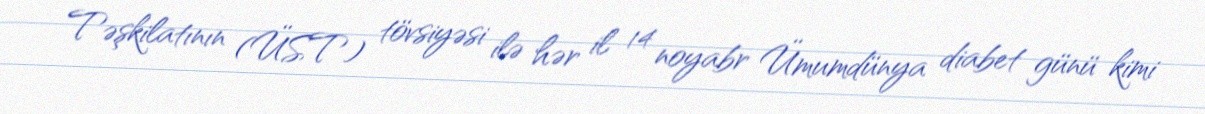
Təşkilatının (ÜST) tövsiyəsi ilə hər il 14 noyabr Ümumdünya diabet günü kimi